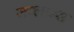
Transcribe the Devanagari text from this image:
जग्लान्स